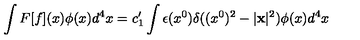
\int F [ f ] ( x ) \phi ( x ) d ^ { 4 } x = c _ { 1 } ^ { \prime } \int \epsilon ( x ^ { 0 } ) \delta ( ( x ^ { 0 } ) ^ { 2 } - | { \bf x } | ^ { 2 } ) \phi ( x ) d ^ { 4 } x